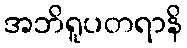
အဘိရူပတရာနိ